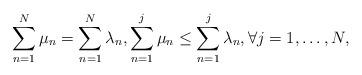
LaTeX: \begin{align*}\sum_{n=1}^{N}\mu_n=\sum_{n=1}^{N}\lambda_n,\sum_{n=1}^{j}\mu_n\leq\sum_{n=1}^{j}\lambda_n,\forall j=1,\dotsc,N,\end{align*}